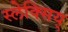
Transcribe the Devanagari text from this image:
स्लेक्सिय्